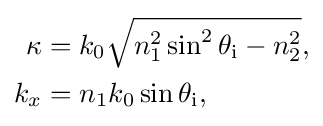
{\begin{aligned}\kappa &=k_{0}{\sqrt {n_{1}^{2}\sin ^{2}\theta _{\text{i}}-n_{2}^{2}}},\\k_{x}&=n_{1}k_{0}\sin \theta _{\text{i}},\end{aligned}}